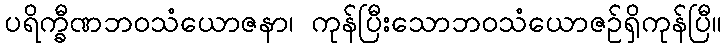
ပရိက္ခီဏဘဝသံယောဇနာ၊ ကုန်ပြီးသောဘဝသံယောဇဉ်ရှိကုန်ပြီ။